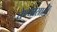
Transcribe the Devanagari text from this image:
घेण्यासाठीं